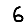
Digit: 6